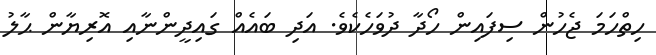
ހިތްހަމަ ޖެހުން ސިފައިން ހޯދާ ދުވަހެކެވެ. އަދި ބައެއް ގައިދީންނާއި އޮރިޔާން ޙާލު